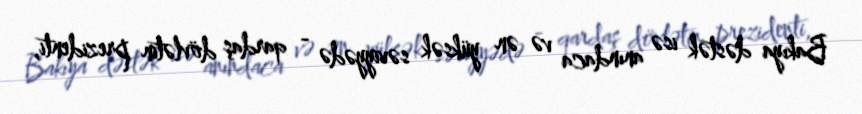
Bakıya dəstək isə anındaca və ən yüksək səviyyədə - qardaş dövlətin prezidenti,